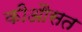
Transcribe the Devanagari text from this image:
कीऔसत